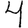
Digit: 4